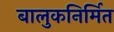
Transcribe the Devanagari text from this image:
बालुकनिर्मित